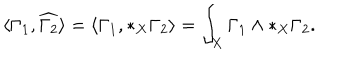
\langle \Gamma _ { 1 } , \widehat { \Gamma _ { 2 } } \rangle = \langle \Gamma _ { 1 } , * _ { X } \Gamma _ { 2 } \rangle = \int _ { X } \Gamma _ { 1 } \wedge * _ { X } \Gamma _ { 2 } .